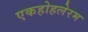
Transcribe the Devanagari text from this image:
एकहोहलेरम